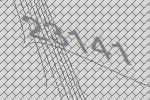
23141